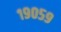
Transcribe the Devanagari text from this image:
१९०५९